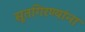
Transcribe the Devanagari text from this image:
सूतगिरण्यांना